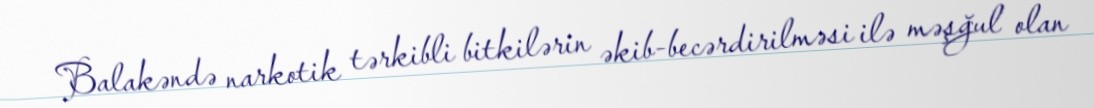
Balakəndə narkotik tərkibli bitkilərin əkib-becərdirilməsi ilə məşğul olan